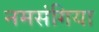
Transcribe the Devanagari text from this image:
नमसंगिया